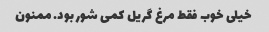
خیلی خوب فقط مرغ گریل کمی شور بود. ممنون